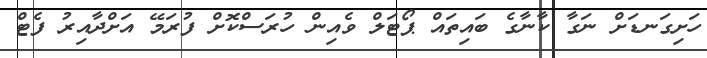
ހަށިގަނޑަށް ނަގާ ކާނާގެ ބައިތައް ޕޯޓަލް ވެއިން ހުރަސްކޮށް ފުރަމޭ އަށްދާއިރު ފެޓް